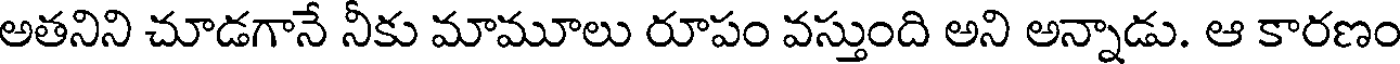
అతనిని చూడగానే నీకు మామూలు రూపం వస్తుంది అని అన్నాడు. ఆ కారణం